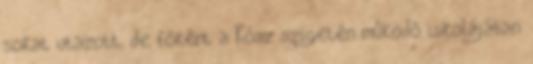
sokat utazott, de főként a Kósz szigetén működő iskolájában